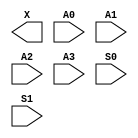
module sky130_fd_sc_hdll__udp_mux_4to2 (
    X ,
    A0,
    A1,
    A2,
    A3,
    S0,
    S1
);

    output X ;
    input  A0;
    input  A1;
    input  A2;
    input  A3;
    input  S0;
    input  S1;
endmodule